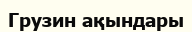
Грузин ақындары